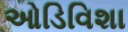
ઓડિવિશા